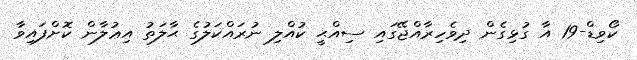
ކޯވިޑް-19 އާ ގުޅިގެން ދިވެހިރާއްޖޭގައި ސިއްޙީ ކުއްލި ނުރައްކަލުގެ ޙާލަތު އިޢުލާން ކޮށްފައިވާ